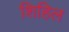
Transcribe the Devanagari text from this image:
शिहिल